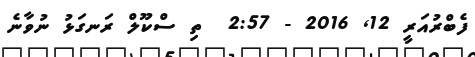
ފެބްރުއަރީ 12